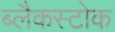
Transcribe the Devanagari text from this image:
ब्लैकस्टोक